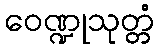
ဝေဏ္ဍုသုတ္တံ